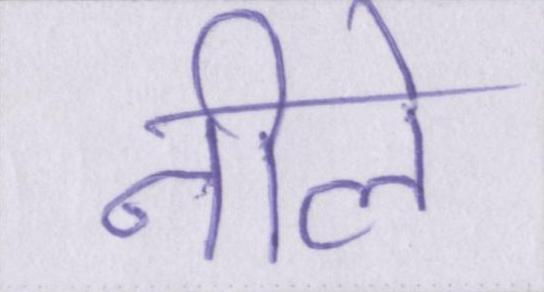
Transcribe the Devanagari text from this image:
नीले